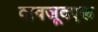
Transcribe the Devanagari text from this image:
बावजूदएक